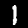
Digit: 1